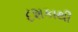
દશકાથી